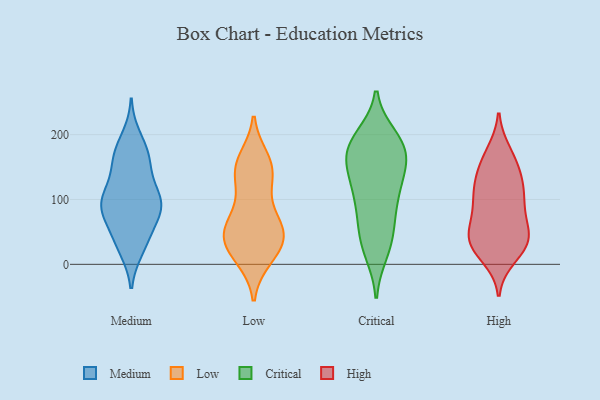
{"axis": {"x": "Latency (ms)", "y": "Value"}, "legend": ["Critical", "High", "Low", "Medium"], "data": [{"x": "", "y": 24, "type": "Medium"}, {"x": "", "y": 170, "type": "Medium"}, {"x": "", "y": 83, "type": "Medium"}, {"x": "", "y": 43, "type": "Medium"}, {"x": "", "y": 91, "type": "Medium"}, {"x": "", "y": 93, "type": "Medium"}, {"x": "", "y": 107, "type": "Medium"}, {"x": "", "y": 156, "type": "Medium"}, {"x": "", "y": 49, "type": "Medium"}, {"x": "", "y": 85, "type": "Medium"}, {"x": "", "y": 129, "type": "Medium"}, {"x": "", "y": 27, "type": "Medium"}, {"x": "", "y": 170, "type": "Medium"}, {"x": "", "y": 195, "type": "Medium"}, {"x": "", "y": 83, "type": "Medium"}, {"x": "", "y": 101, "type": "Medium"}, {"x": "", "y": 161, "type": "Medium"}, {"x": "", "y": 96, "type": "Medium"}, {"x": "", "y": 162, "type": "Low"}, {"x": "", "y": 145, "type": "Low"}, {"x": "", "y": 155, "type": "Low"}, {"x": "", "y": 146, "type": "Low"}, {"x": "", "y": 73, "type": "Low"}, {"x": "", "y": 104, "type": "Low"}, {"x": "", "y": 36, "type": "Low"}, {"x": "", "y": 52, "type": "Low"}, {"x": "", "y": 52, "type": "Low"}, {"x": "", "y": 10, "type": "Low"}, {"x": "", "y": 35, "type": "Low"}, {"x": "", "y": 64, "type": "Low"}, {"x": "", "y": 45, "type": "Low"}, {"x": "", "y": 135, "type": "Low"}, {"x": "", "y": 32, "type": "Low"}, {"x": "", "y": 10, "type": "Low"}, {"x": "", "y": 161, "type": "Critical"}, {"x": "", "y": 113, "type": "Critical"}, {"x": "", "y": 180, "type": "Critical"}, {"x": "", "y": 59, "type": "Critical"}, {"x": "", "y": 172, "type": "Critical"}, {"x": "", "y": 188, "type": "Critical"}, {"x": "", "y": 129, "type": "Critical"}, {"x": "", "y": 20, "type": "Critical"}, {"x": "", "y": 141, "type": "Critical"}, {"x": "", "y": 128, "type": "Critical"}, {"x": "", "y": 179, "type": "Critical"}, {"x": "", "y": 87, "type": "Critical"}, {"x": "", "y": 28, "type": "Critical"}, {"x": "", "y": 87, "type": "Critical"}, {"x": "", "y": 180, "type": "Critical"}, {"x": "", "y": 195, "type": "Critical"}, {"x": "", "y": 41, "type": "Critical"}, {"x": "", "y": 42, "type": "High"}, {"x": "", "y": 85, "type": "High"}, {"x": "", "y": 120, "type": "High"}, {"x": "", "y": 63, "type": "High"}, {"x": "", "y": 131, "type": "High"}, {"x": "", "y": 94, "type": "High"}, {"x": "", "y": 172, "type": "High"}, {"x": "", "y": 131, "type": "High"}, {"x": "", "y": 99, "type": "High"}, {"x": "", "y": 159, "type": "High"}, {"x": "", "y": 12, "type": "High"}, {"x": "", "y": 30, "type": "High"}, {"x": "", "y": 162, "type": "High"}, {"x": "", "y": 41, "type": "High"}, {"x": "", "y": 30, "type": "High"}, {"x": "", "y": 32, "type": "High"}, {"x": "", "y": 111, "type": "High"}, {"x": "", "y": 30, "type": "High"}, {"x": "", "y": 58, "type": "High"}]}